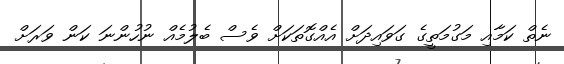
ނެތް ކަމާއި މަގުމަތީގެ ގަވައިދަށް އެއްގޮތަކަށް ވެސް ބެލުމެއް ނުހުންނަ ކަން ވަރަށް